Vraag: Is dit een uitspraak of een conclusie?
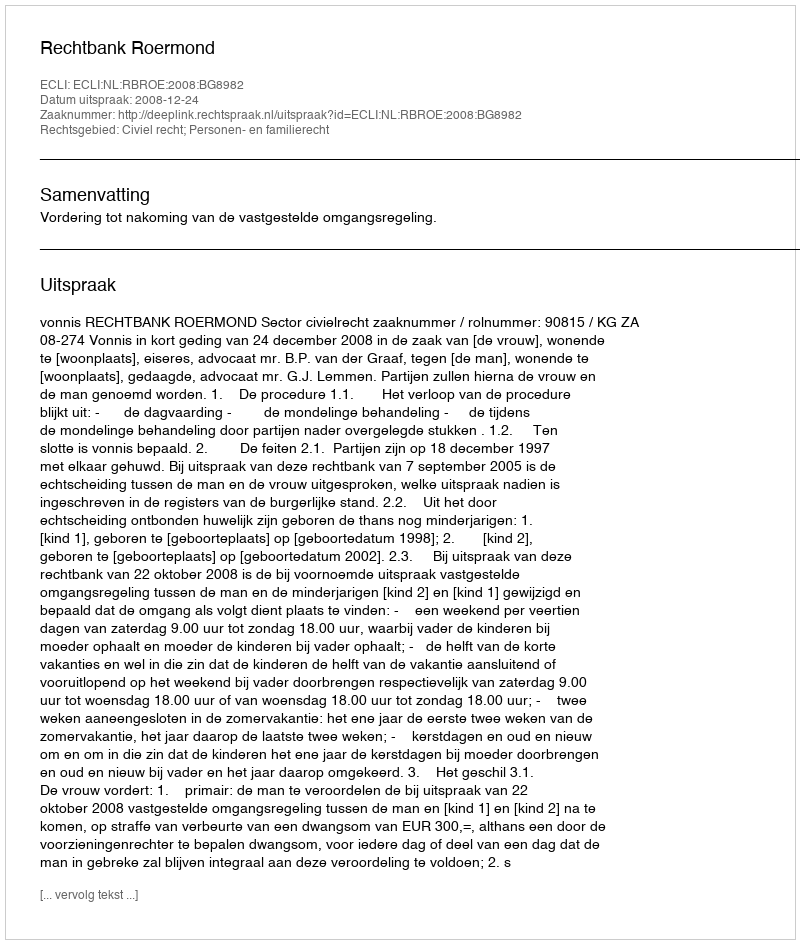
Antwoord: Uitspraak